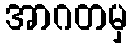
အာဂတမှ